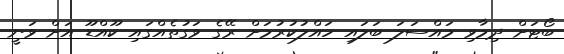
ބޯޓަށް ދިމާވި މައްސަލަ ބަލައި ހައްލުކުރުމަށް ރޭގެ ވަގުތެއްގައި ކޫއްޑޫ އަށް ވަނީ